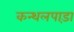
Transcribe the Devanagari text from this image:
कन्थलपाड़ा